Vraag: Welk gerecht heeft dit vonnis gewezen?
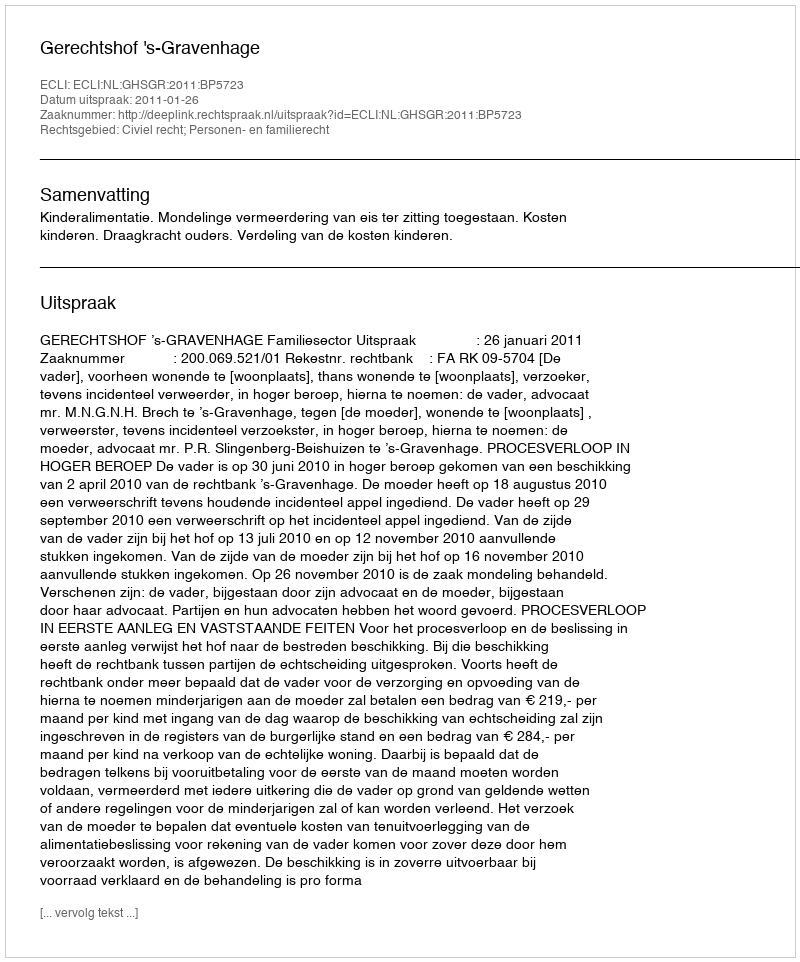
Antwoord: Gerechtshof 's-Gravenhage